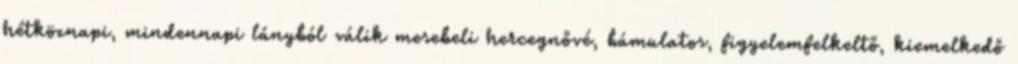
hétköznapi, mindennapi lányból válik mesebeli hercegnővé, bámulatos, figyelemfelkeltő, kiemelkedő